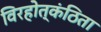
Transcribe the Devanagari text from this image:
विरहोत्कंठिता